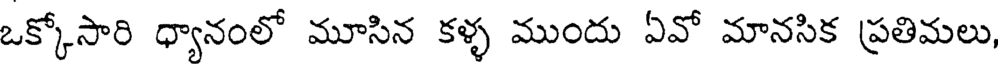
ఒక్కోసారి ధ్యానంలో మూసిన కళ్ళ ముందు ఏవో మానసిక ప్రతిమలు,